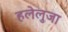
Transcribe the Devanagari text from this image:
हलेलुजा